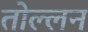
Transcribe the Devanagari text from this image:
तोल्लन